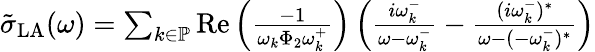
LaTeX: \begin{array}{r}{\tilde{\sigma}_{\mathrm{LA}}(\omega)=\sum_{k\in\mathbb{P}}\operatorname{Re}\left(\frac{-1}{\omega_{k}\Phi_{2}\omega_{k}^{+}}\right)\left(\frac{i\omega_{k}^{-}}{\omega-\omega_{k}^{-}}-\frac{(i\omega_{k}^{-})^{*}}{\omega-(-\omega_{k}^{-})^{*}}\right)}\end{array}